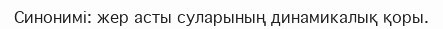
Синонимі: жер асты суларының динамикалық қоры.